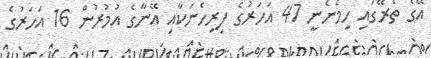
އޭގެ ތެރޭގައި ހިމެނެނީ 47 އަހަރުގެ ފިރިހެނަކާއި އޭނާގެ އުމުރުން 16 އަހަރުގެ